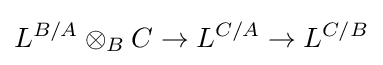
L^{B/A}\otimes _{B}C\to L^{C/A}\to L^{C/B}